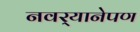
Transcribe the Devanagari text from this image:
नवर्‍यानेपण